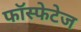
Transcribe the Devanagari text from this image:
फॉस्फेटेज